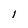
Character: 1